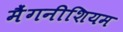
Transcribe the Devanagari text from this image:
मैंगनीशियम